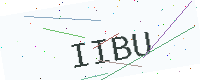
Text: IIBU